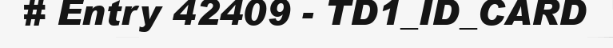
# Entry 42409 - TD1_ID_CARD